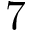
7